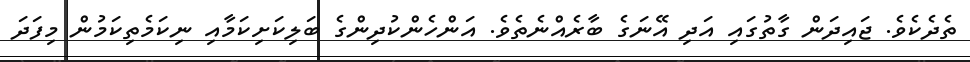
ތެދެކެވެ. ޖައިދަން ގާތުގައި އަދި އޭނަގެ ބާރެއްނެތެވެ. އަންހެންކުދިންގެ ބަލިކަށިކަމާއި ނިކަމެތިކަމުން މިފަދަ